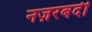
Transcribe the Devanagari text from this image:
नज़रबदी